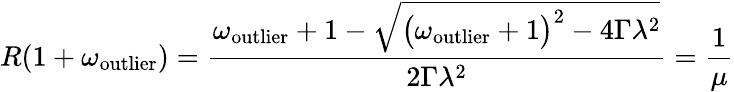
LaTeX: R(1+\omega_{\mathrm{outlier}})=\frac{\omega_{\mathrm{outlier}}+1-\sqrt{\big(\omega_{\mathrm{outlier}}+1\big)^{2}-4\Gamma\lambda^{2}}}{2\Gamma\lambda^{2}}=\frac{1}{\mu}